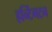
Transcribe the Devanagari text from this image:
हन्टिंगटन